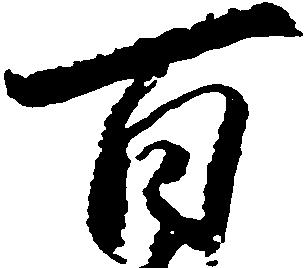
百